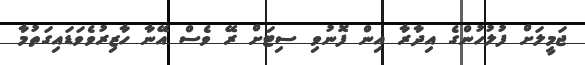
ޖަމީލަށް ފުލުހުންގެ އިދާރާ އިން ފޮނުވި ސިޓަށް ރޭ ވެސް އޭނާ ހާޒިރުވެވަޑައިގަތުމާ